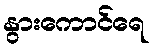
နွားကောင်ရေ